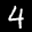
Label: 4